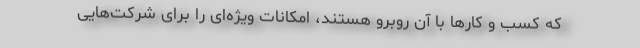
که کسب‌ و کارها با آن روبرو هستند، امکانات ویژه‌ای را برای شرکت‌هایی